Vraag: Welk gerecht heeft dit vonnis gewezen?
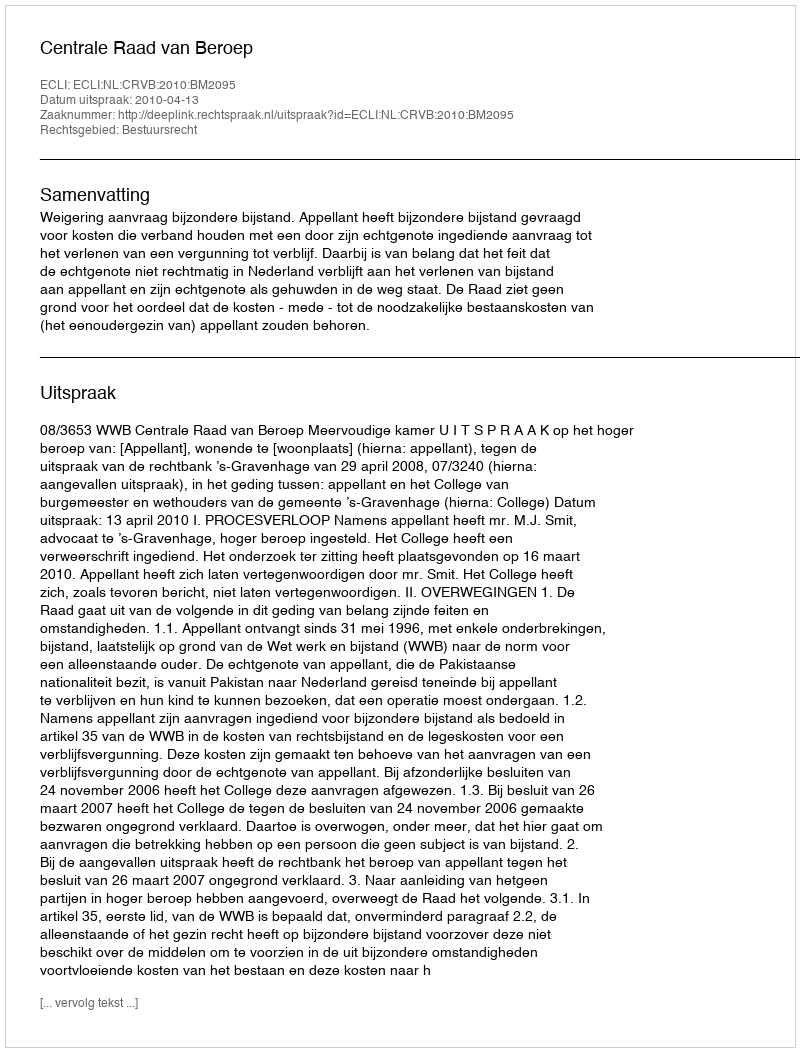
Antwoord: Centrale Raad van Beroep